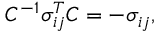
C ^ { - 1 } \sigma _ { i j } ^ { T } C = - \sigma _ { i j } ,